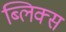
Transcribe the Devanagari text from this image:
ब्लिक्स